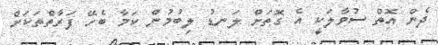
ދެން އޮތް ސުވާލަކީ އެ ގޮތަށް ލަނޑު ލިބުމުން ކަމާ ބެހޭ ފަރާތްތަކަށް